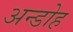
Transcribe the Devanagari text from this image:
अन्डोह